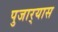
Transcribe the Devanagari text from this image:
पुजार्‍यास